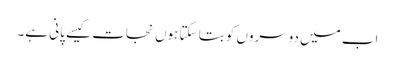
اب میں دوسروں کو بتا سکتا ہوں نجات کیسے پانی ہے۔